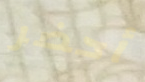
أحضر